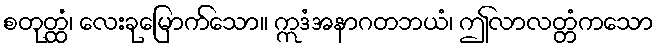
စတုတ္ထံ၊ လေးခုမြောက်သော။ ဣဒံအနာဂတဘယံ၊ ဤလာလတ္တံကသော